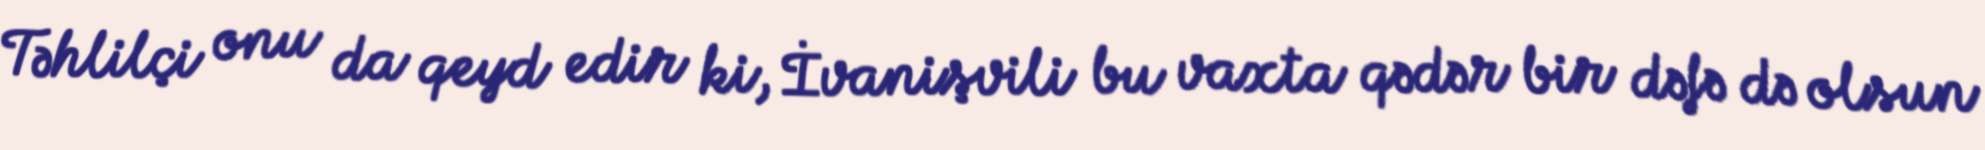
Təhlilçi onu da qeyd edir ki, İvanişvili bu vaxta qədər bir dəfə də olsun